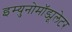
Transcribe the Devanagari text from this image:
इम्युनोमॉड्यूलेटर